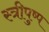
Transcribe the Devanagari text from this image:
स्त्रीपुष्प